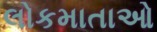
લોકમાતાઓ